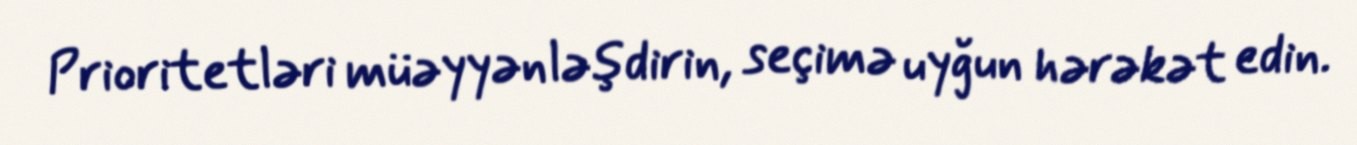
Prioritetləri müəyyənləşdirin, seçimə uyğun hərəkət edin.